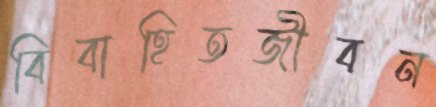
বিবাহিতজীবন